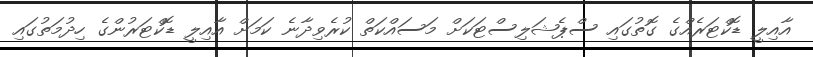
އާއިލީ ޑޮކްޓަރެއްގެ ގޮތުގައި ސްޕެޝަލިސްޓަކަށް މަސައްކަތް ކުރެވިދާނެ ކަމަށް އާއިލީ ޑޮކްޓަރުންގެ ހިދުމަތުގައި